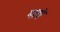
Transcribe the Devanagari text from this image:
मास्रे